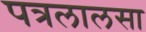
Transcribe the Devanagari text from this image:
पत्रलालसा